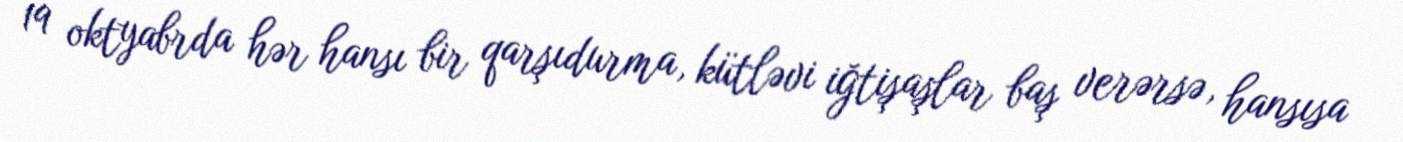
19 oktyabrda hər hansı bir qarşıdurma, kütləvi iğtişaşlar baş verərsə, hansısa